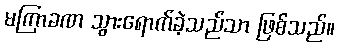
မကြာခဏ သွားရောက်ခဲ့သည်သာ ဖြစ်သည်။